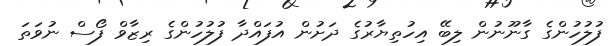
ފުލުހުންގެ ގާނޫނުން ލިބޭ އިހުތިޔާރުގެ ދަށުން އުފައްދާ ފުލުހުންގެ ރިޒާވް ފޯސް ނުވަތަ